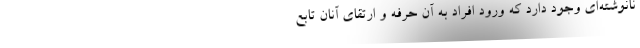
نانوشته‌ای وجود دارد که ورود افراد به آن حرفه و ارتقای آنان تابع